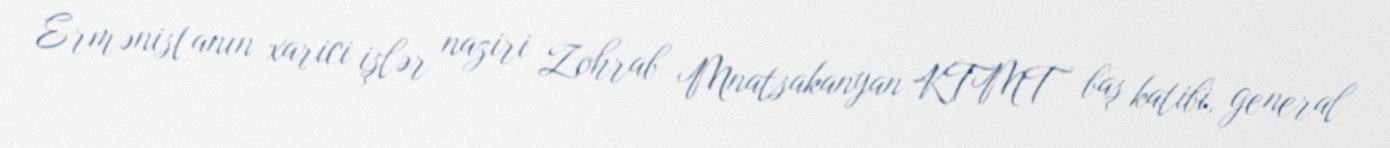
Ermənistanın xarici işlər naziri Zohrab Mnatsakanyan KTMT baş katibi, general